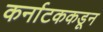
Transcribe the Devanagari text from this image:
कर्नाटककडून